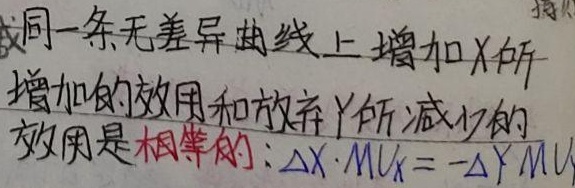
同一条无差异曲线上增加X所增加的效用和放弃Y所减少的效用是相等的：\(\Delta X\cdot MU_X = -\Delta Y\cdot MU_Y\)